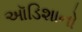
ઑડિશાનો